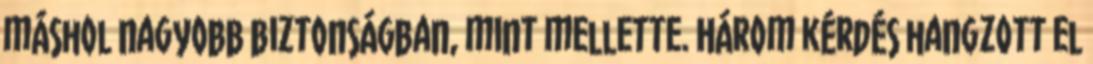
máshol nagyobb biztonságban, mint mellette. Három kérdés hangzott el